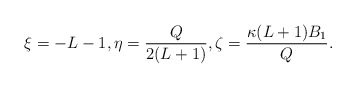
\begin{align*} \xi = -L-1, \eta = \frac{Q}{2(L+1)}, \zeta = \frac{\kappa(L+1)B_1}{Q}. \end{align*}